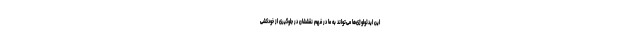
این ایدئولوژی‌ها می‌تواند به ما در فهم نقششان در جلوگیری از خودکشی